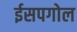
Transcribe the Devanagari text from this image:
ईसपगोल